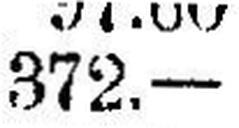
372.—